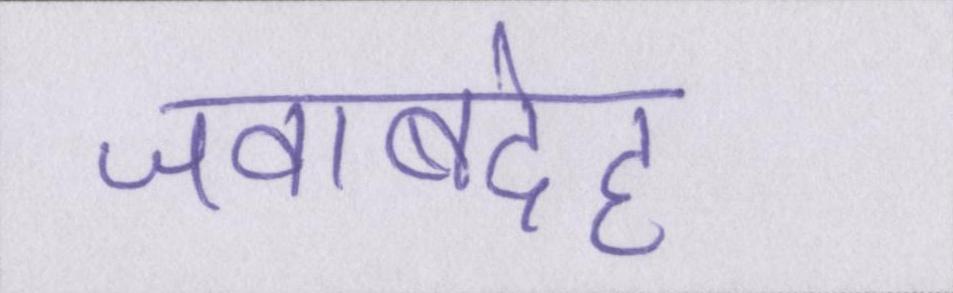
जवाबदेह